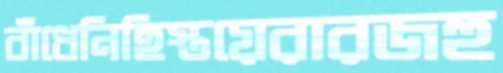
বাঁধেনিহিস্তয়েরারজহু